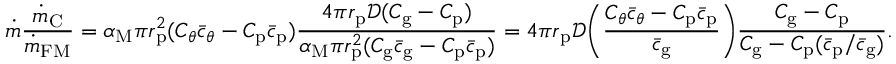
\dot { m } \frac { \dot { m } _ { \mathrm { C } } } { \dot { m } _ { \mathrm { F M } } } = \alpha _ { \mathrm { M } } \pi r _ { \mathrm { p } } ^ { 2 } ( C _ { \theta } \bar { c } _ { \theta } - C _ { \mathrm { p } } \bar { c } _ { \mathrm { p } } ) \frac { 4 \pi r _ { \mathrm { p } } \mathcal { D } ( C _ { \mathrm { g } } - C _ { \mathrm { p } } ) } { \alpha _ { \mathrm { M } } \pi r _ { \mathrm { p } } ^ { 2 } ( C _ { \mathrm { g } } \bar { c } _ { \mathrm { g } } - C _ { \mathrm { p } } \bar { c } _ { \mathrm { p } } ) } = 4 \pi r _ { \mathrm { p } } \mathcal { D } \bigg ( \frac { C _ { \theta } \bar { c } _ { \theta } - C _ { \mathrm { p } } \bar { c } _ { \mathrm { p } } } { \bar { c } _ { \mathrm { g } } } \bigg ) \frac { C _ { \mathrm { g } } - C _ { \mathrm { p } } } { C _ { \mathrm { g } } - C _ { \mathrm { p } } ( \bar { c } _ { \mathrm { p } } / \bar { c } _ { \mathrm { g } } ) } .